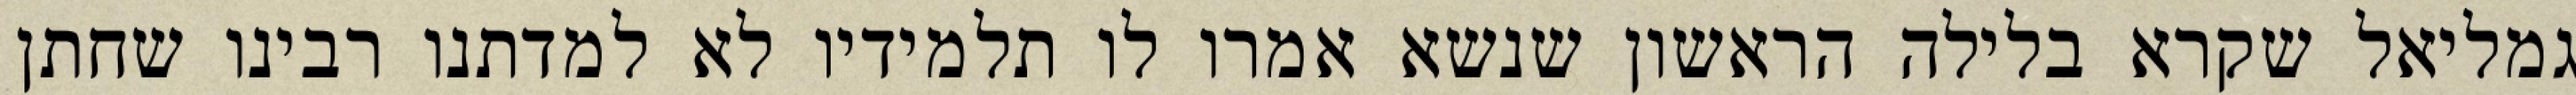
גמליאל שקרא בלילה הראשון שנשא אמרו לו תלמידיו לא למדתנו רבינו שחתן